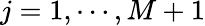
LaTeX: j=1,\cdots,M+1